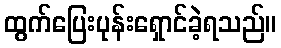
ထွက်ပြေးပုန်းရှောင်ခဲ့ရသည်။